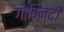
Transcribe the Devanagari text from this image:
गोविन्दी